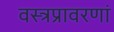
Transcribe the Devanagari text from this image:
वस्त्रप्रावरणां